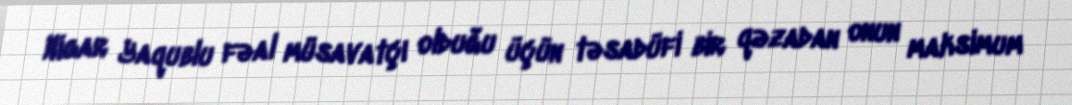
Nigar Yaqublu fəal müsavatçı olduğu üçün təsadüfi bir qəzadan onun maksimum